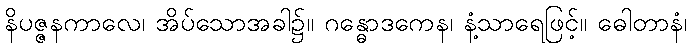
နိပဇ္ဇနကာလေ၊ အိပ်သောအခါ၌။ ဂန္ဓောဒကေန၊ နံ့သာရေဖြင့်။ ဓေါတာနံ၊